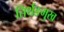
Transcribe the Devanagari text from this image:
तिर्थङमुख